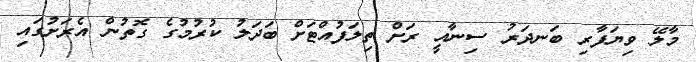
މާލޭ ވިޔަފާރި ބަނދަރު ސިނާއީ ރަށް ތިލަފުއްޓަށް ބަދަލު ކުރުމުގެ ގޮތުން އެރަށުގައި